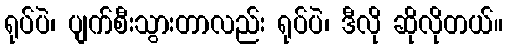
ရုပ်ပဲ၊ ပျက်စီးသွားတာလည်း ရုပ်ပဲ၊ ဒီလို ဆိုလိုတယ်။